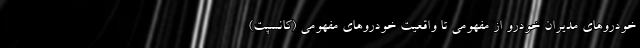
خودروهای مدیران خودرو از مفهومی تا واقعیت خودروهای مفهومی (کانسپت)